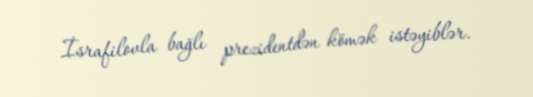
İsrafilovla bağlı prezidentdən kömək istəyiblər.